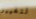
لتغيير